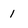
Character: 1